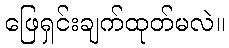
ဖြေရှင်းချက်ထုတ်မလဲ။